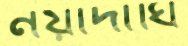
নয়াদীঘি